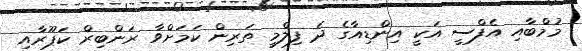
މުމްބާއި އެފްސީ އަކީ އިންޑިއާގެ ދެ ފިލްމީ ތަރިން ކަމަށްވާ ރަންބިރް ކަޕޫރާއި